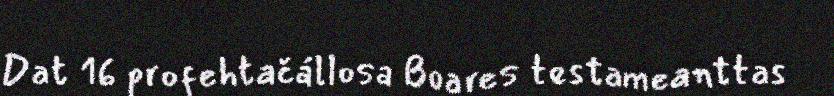
Dat 16 profehtačállosa Boares testameanttas